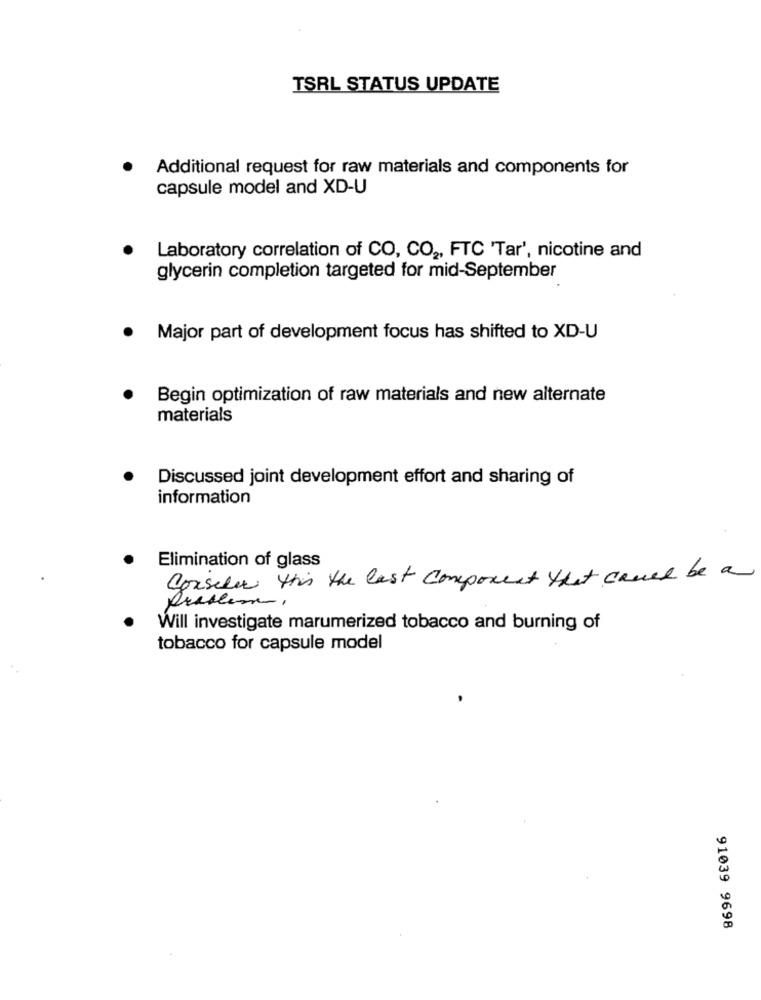
TSRL STATUS UPDATE
Additional request for raw materials and components for
capsule model and XD-U
Laboratory correlation of CO, CO2, FTC 'Tar', nicotine and
glycerin completion targeted for mid-September
.
Major part of development focus has shifted to XD-U
Begin optimization of raw materials and new alternate
materials
Discussed joint development effort and sharing of
information
Elimination of glass
Consider this the last composent that cause be a
Will investigate marumerized tobacco and burning of
tobacco for capsule model
91039 9698